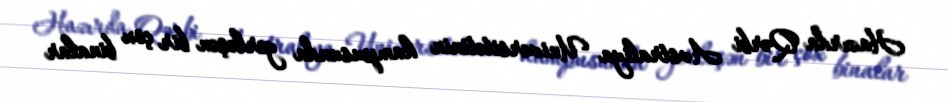
Hazırda Qərbi Avstraliya Universitetinin kampusunda yerləşən bir çox binalar